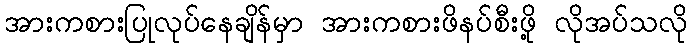
အားကစားပြုလုပ်နေချိန်မှာ အားကစားဖိနပ်စီးဖို့ လိုအပ်သလို